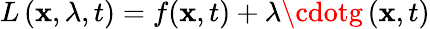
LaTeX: L\left(\mathbf{x},\lambda,t\right)=f(\mathbf{x},t)+\lambda\cdotg\left(\mathbf{x},t\right)